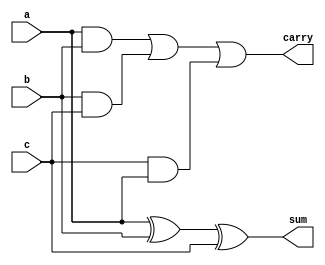
module FullAdder(a,b,c,sum,carry);
input a,b,c;
output sum,carry;
assign sum=a^b^c;
assign carry=a&b|b&c|c&a;
endmodule